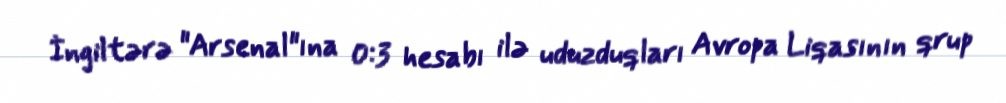
İngiltərə "Arsenal"ına 0:3 hesabı ilə uduzduqları Avropa Liqasının qrup